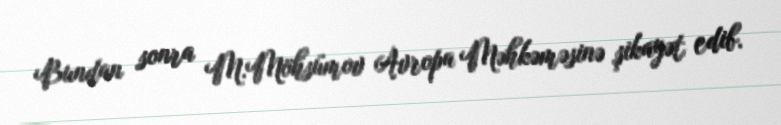
Bundan sonra M.Möhsümov Avropa Məhkəməsinə şikayət edib.